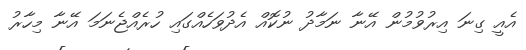
އެއީ ގިނަ އިރުވުމުން އޭނާ ނަމާދު ނުކޮއް އެދުވަހެއްގައި ހުރެއްޖެނަމަ އޭނާ މިހާރު